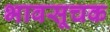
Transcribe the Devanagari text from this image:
भावसूचक